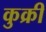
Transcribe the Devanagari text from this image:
कुक्री